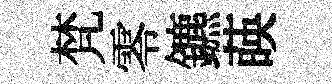
梵零鑣𦴤